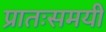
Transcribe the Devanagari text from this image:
प्रातःसमयी